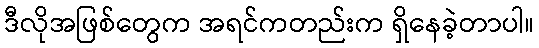
ဒီလိုအဖြစ်တွေက အရင်ကတည်းက ရှိနေခဲ့တာပါ။